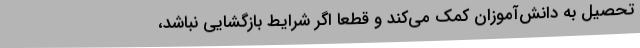
تحصیل به دانش‌آموزان کمک می‌کند و قطعا اگر شرایط بازگشایی نباشد،